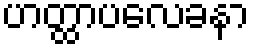
ဟတ္ထာပလေခနာ